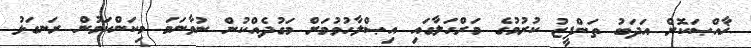
ޚާއްޞަކޮށް އަދަބު ތަންފީޒު ކުރުމުގެ މަރްޙަލާގައި އިޞްލާހުވުމަށް މަގުދެއްކުން ނުވާނަމަ މިކަންކަމުން ރަނގަޅު